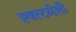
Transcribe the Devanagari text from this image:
एक्स्टर्नली